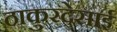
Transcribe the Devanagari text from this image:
ठाकुरदेसाई